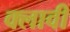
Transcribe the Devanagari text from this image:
क्लावी